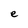
Character: e